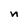
Character: n